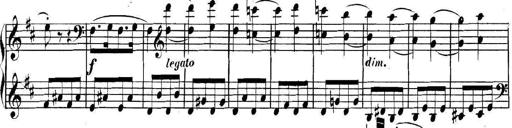
Title: Collected Piano Sonatas
Composer: Muzio Clementi